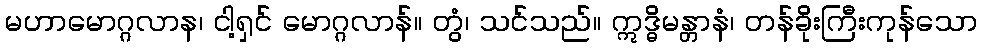
မဟာမောဂ္ဂလာန၊ ငါ့ရှင် မောဂ္ဂလာန်။ တွံ၊ သင်သည်။ ဣဒ္ဓိမန္တာနံ၊ တန်ခိုးကြီးကုန်သော